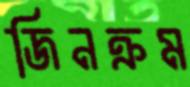
জিনক্রম